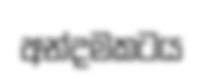
අන්දමකටය